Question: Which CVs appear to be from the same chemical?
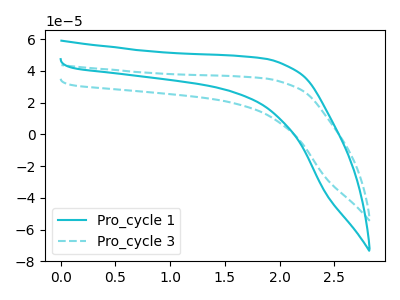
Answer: <think>The cyan curve "Pro_cycle 1" has no peaks. The cyan dashed curve "Pro_cycle 3" has no peaks.
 Neither "Pro_cycle 1" or "Pro_cycle 3" have any peaks.</think>
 <answer>"Pro_cycle 3" and "Pro_cycle 1" have the same shape and are likely CV's of the same chemical.</answer>
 <eval>"Pro_cycle 3" "Pro_cycle 1"</eval>